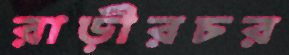
রাড়ীরচর